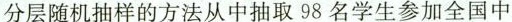
分层随机抽样的方法从中抽取98名学生参加全国中